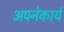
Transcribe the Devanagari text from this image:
अपनेकार्य